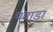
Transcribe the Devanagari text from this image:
पवाड़ा